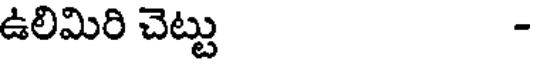
ఉలిమిరి చెట్టు -